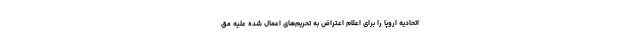
اتحادیه اروپا را برای اعلام اعتراض به تحریم‌های اعمال شده علیه مق